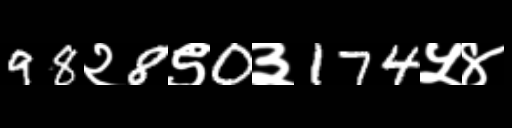
Text: 98२8९0३174५४